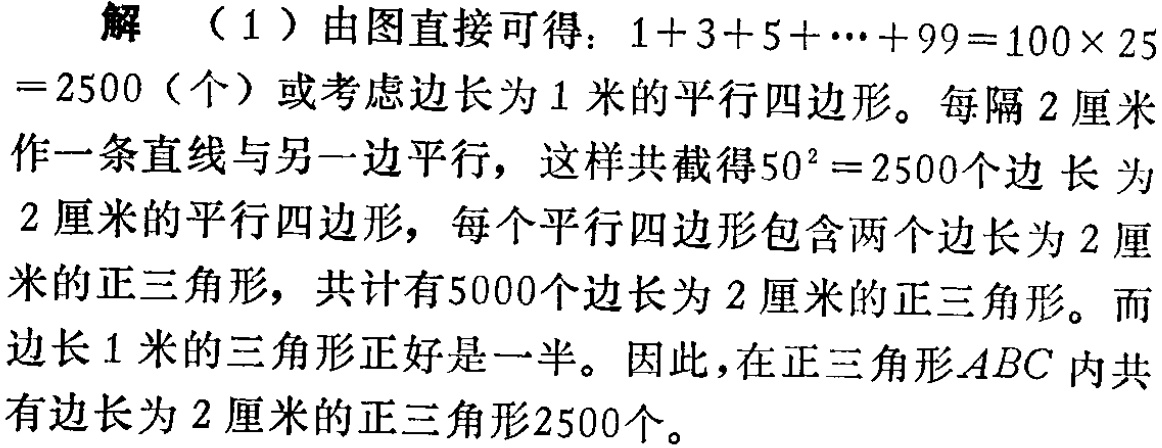
解 （1）由图直接可得：\(1 + 3 + 5 + \cdots + 99 = 100\times25=2500\)（个）或考虑边长为\(1\)米的平行四边形。每隔\(2\)厘米作一条直线与另一边平行，这样共截得\(50^{2}=2500\)个边长为\(2\)厘米的平行四边形，每个平行四边形包含两个边长为\(2\)厘米的正三角形，共计有\(5000\)个边长为\(2\)厘米的正三角形。而边长\(1\)米的三角形正好是一半。因此，在正三角形\(ABC\)内共有边长为\(2\)厘米的正三角形\(2500\)个。